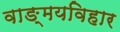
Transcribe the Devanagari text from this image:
वाङ्मयविहार